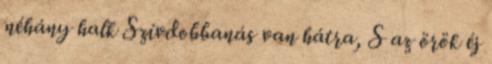
néhány halk Szívdobbanás van hátra, S az örök éj